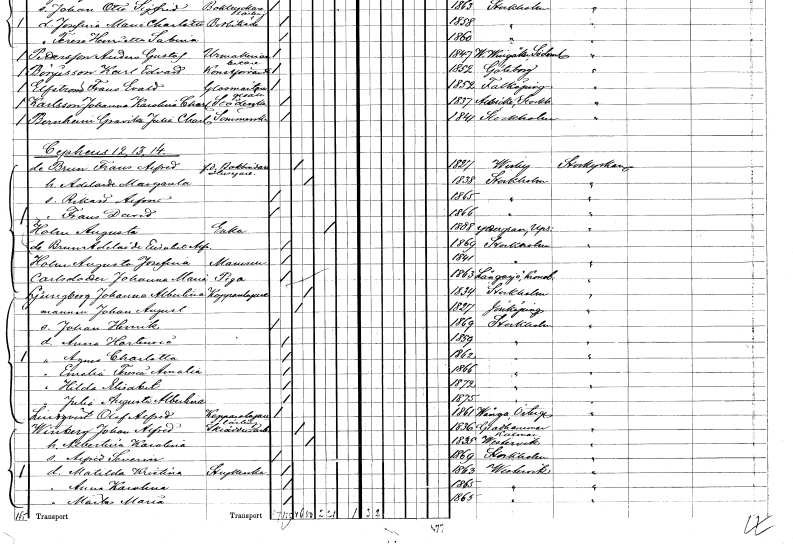
gt_parse: households: individuals: FN: Frans Alfred
EN: de Brun
YRKE: Husägare Bokbindare f.d.
KON: M
CIV: G
FODAR: 1827
FODFORS: Visby Gotlands län
FN: Adelaide Margareta
KON: K
CIV: G
FODAR: 1838
FODFORS: Stockholm
FN: Rickard Alfon
KON: M
CIV: O
FODAR: 1865
FODFORS: Stockholm
FN: Frans David
KON: M
CIV: O
FODAR: 1866
FODFORS: Stockholm
FN: Augusta
EN: Holm
YRKE: Änka
KON: K
CIV: E
FODAR: 1808
FODFORS: Yttergran Uppsala län
FN: Adelide Elisabet Alfrida
EN: de Brun
KON: K
CIV: O
FODAR: 1869
FODFORS: Stockholm
FN: Augusta Josefina
EN: Holm
KON: K
CIV: O
FODAR: 1841
FODFORS: Stockholm
FN: Johanna Maria
EN: Carlsdotter
YRKE: Piga
KON: K
CIV: O
FODAR: 1863
FODFORS: Långasjö Kalmar län
FN: Johanna Albertina
EN: Ljungberg
KON: K
CIV: G
FODAR: 1834
FODFORS: Stockholm
FN: Johan August
YRKE: Kopparslagare
KON: M
CIV: G
FODAR: 1827
FODFORS: Jönköping Jönköpings län
FN: Johan Henrik
KON: M
CIV: O
FODAR: 1869
FODFORS: Stockholm
FN: Anna Hortencia
KON: K
CIV: O
FODAR: 1859
FODFORS: Stockholm
FN: Agnes Charlotta
KON: K
CIV: O
FODAR: 1862
FODFORS: Stockholm
FN: Emelia Teresia Amalia
KON: K
CIV: O
FODAR: 1866
FODFORS: Stockholm
FN: Hilda Elisabet
KON: K
CIV: O
FODAR: 1872
FODFORS: Stockholm
FN: Julia Augusta Albertina
KON: K
CIV: O
FODAR: 1875
FODFORS: Stockholm
FN: Olof Alfred
EN: Lindqvist
YRKE: Kopparslagarelärling
KON: M
CIV: O
FODAR: 1861
FODFORS: Vånga Östergötlands län
FN: Johan Alfred
EN: Wissberg
YRKE: Skrädderiarbetare
KON: M
CIV: G
FODAR: 1836
FODFORS: Gladhammar Kalmar län
FN: Albertina Karolina
KON: K
CIV: G
FODAR: 1835
FODFORS: Västervik Kalmar län
FN: Alfred Severin
KON: M
CIV: O
FODAR: 1869
FODFORS: Stockholm
FN: Matilda Kristina
YRKE: Strykerska
KON: K
CIV: O
FODAR: 1863
FODFORS: Västervik Kalmar län
FN: Anna Karolina
KON: K
CIV: O
FODAR: 1865
FODFORS: Västervik Kalmar län
FN: Märta Maria
KON: K
CIV: O
FODAR: 1865
FODFORS: Västervik Kalmar län